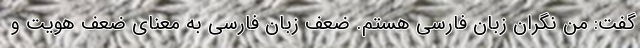
گفت: من نگران زبان فارسی هستم. ضعف زبان فارسی به معنای ضعف هویت و